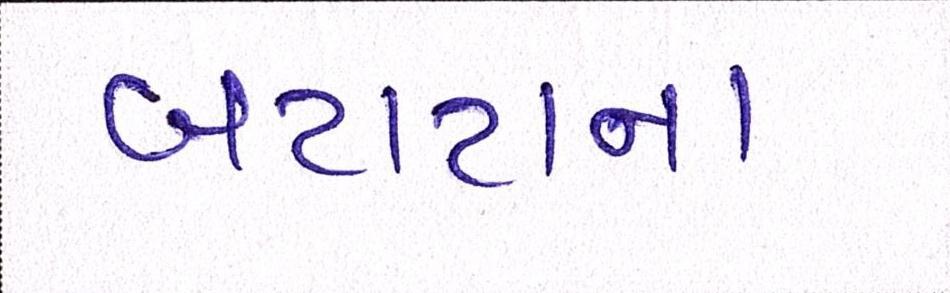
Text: બટાટાના